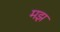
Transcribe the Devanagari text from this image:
मझ